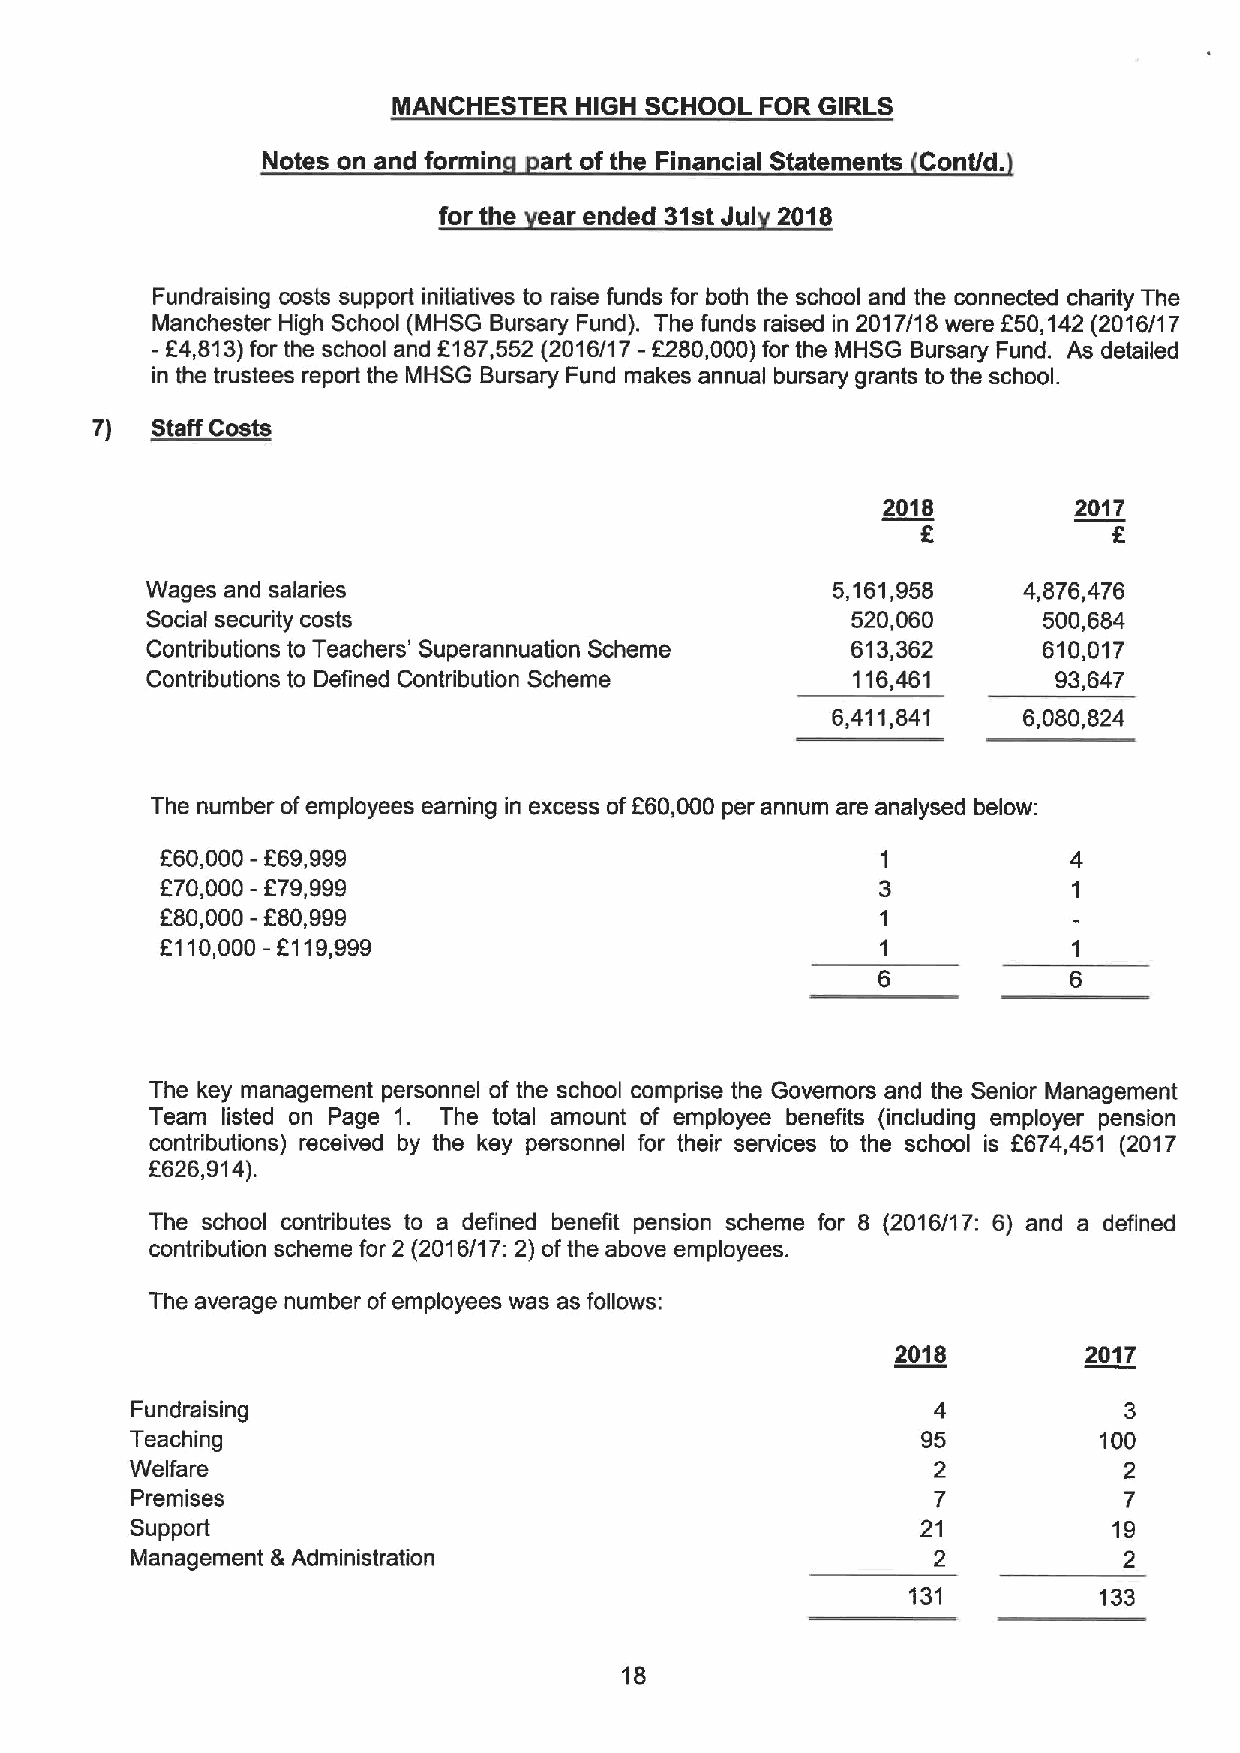
MANCHESTER  HIGH SCHOOL FOR GIRLS
 Notes on and formin art of the Financial Statements Cont/d.
 for the ar ended 31stJul 2018
 Fundraising costs support initiatives to raise funds for both the school and the connected charity The
 Manchester High School (MHSG Bursary Fund). The funds raised in 2017/18 were f50,142(2016/17
 - E4,813)for the school and F187,552 (2016/17 -8280,000)for the MHSG Bursary Fund. As detailed
 in the trustees report the MHSG Bursary Fund makes annual bursary grants to the school.
 7)  Staff Costs
 2018         2017
 f
 Wages and salaries                           5,161,958    4,876,476
 Social security costs                         520,060      500,684
 Contributions to Teachers' Superannuation Scheme 613,362   610,017
 Contributions to Defined Contribution Scheme  116,461       93,647
 6,411,841    6,080,824
 The number ofemployees earning in excess of660,000 per annum are analysed below:
 860,000—f69,999
 f
 F70,000- 79,999
 880,000-280,999
 2110,000 —6119,999
 The key management personnel of the school comprise the Governors and the Senior Management
 Team listed on Page 1. The total amount of employee benefits (including employer pension
 contributions) received by the key personnel for their services to the school is 8674,451 (2017
 f626,914).
 The school contributes to a defined benefit pension scheme for 8 (2016/17: 6) and a defined
 contribution scheme for 2 (2016/17: 2) ofthe above employees.
 The average number ofemployees was as follows:
 2018         2017
 Fundraising                                          4           3
 Teaching                                            95          100
 Welfare                                              2           2
 Premises                                             7           7
 Support                                             21           19
 Management &Administration                           2           2
 131          133
 18